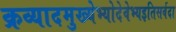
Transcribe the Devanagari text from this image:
क्रव्यादमुख्येभ्योदेवेभ्यइतिसर्वदा